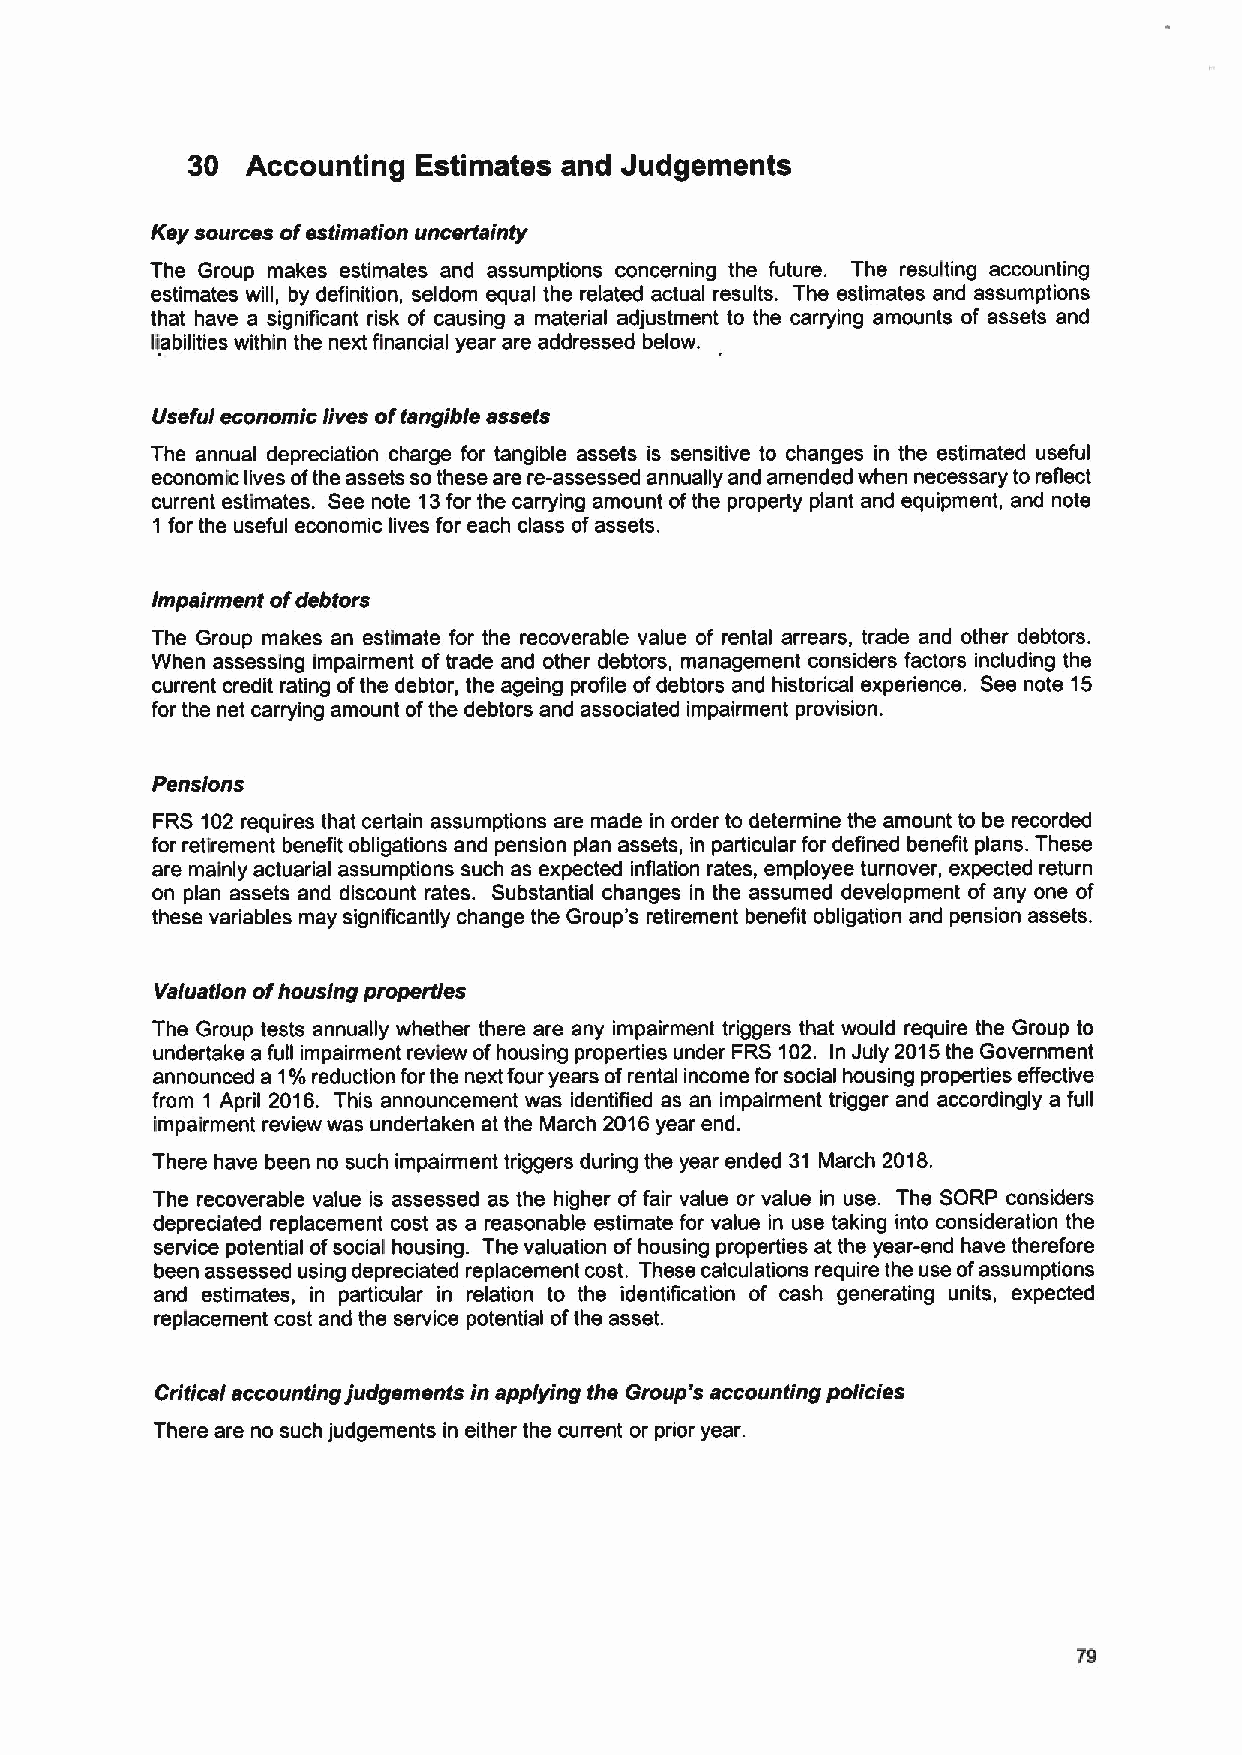
30  Accounting  Estimates and Judgements
 Key sources oiestimation uncertainty
 The Group makes estimates and assumptions concerning the future. The resulting accounting
 estimates will, by definition, seldom equal the related actual results. The estimates and assumptions
 that have a significant risk of causing a material adjustment to the carrying amounts of assets and
 liabilities within the next financial year are addressed below.
 Useful economic lives oitangible assets
 The annual depreciation charge for tangible assets is sensitive to changes in the estimated useful
 economic lives ofthe assets sothese are re-assessed annually and amended when necessary to reflect
 current estimates. See note 13for the carrying amount ofthe property plant and equipment, and note
 1 for the useful economic lives for each class ofassets.
 impairment ofdebtors
 The Group makes an estimate for the recoverable value of rental arrears, trade and other debtors.
 When assessing impairment of trade and other debtors, management considers factors including the
 current credit rating ofthe debtor, the ageing profile ofdebtors and historical experience. See note 15
 for the net carrying amount ofthe debtors and associated impairment provision.
 Pensions
 FRS 102requires that certain assumptions are made in order to determine the amount to be recorded
 for retirement benefit obligations and pension plan assets, in particular for defined benefit plans. These
 are mainly actuarial assumptions such as expected inflation rates, employee turnover, expected return
 on plan assets and discount rates. Substantial changes in the assumed development of any one of
 these variables may significantly change the Group's retirement benefit obligation and pension assets.
 Valuation ofhousing properties
 The Group tests annually whether there are any impairment triggers that would require the Group to
 undertake a full impairment review ofhousing properties under FRS 102. In July 2015the Government
 announced a 1%reduction for the next four years ofrental income for social housing properties effective
 from 1 April 2016. This announcement was identified as an impairment trigger and accordingly a full
 impairment review was undertaken at the March 2016year end.
 There have been no such impairment triggers during the year ended 31 March 2018.
 The recoverable value is assessed as the higher offair value or value in use. The SORP considers
 depreciated replacement cost as a reasonable estimate for value in use taking into consideration the
 service potential ofsocial housing. The valuation ofhousing properties at the year-end have therefore
 been assessed using depreciated replacement cost. These calculations require the use ofassumptions
 and estimates, in particular in relation to the identification of cash generating units, expected
 replacement cost and the service potential ofthe asset.
 Critical accounting judgements in applying the Group's accounting policies
 There are no such judgements in either the current or prior year.